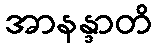
အာနန္ဒာတိ